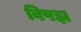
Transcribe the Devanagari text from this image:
विपझ